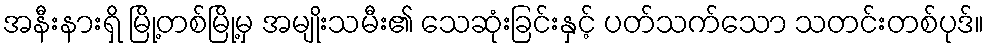
အနီးနားရှိ မြို့တစ်မြို့မှ အမျိုးသမီး၏ သေဆုံးခြင်းနှင့် ပတ်သက်သော သတင်းတစ်ပုဒ်။